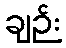
ချဉ်း